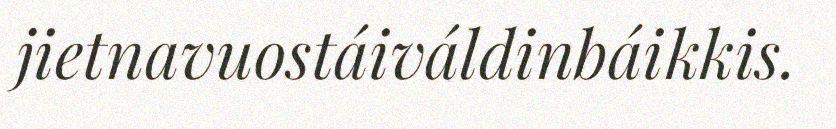
jietnavuostáiváldinbáikkis.